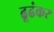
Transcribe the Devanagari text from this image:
ढूढंकर